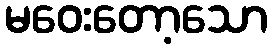
မဝေးတော့သော